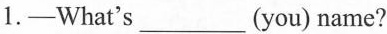
1.—What's___(you) name?